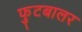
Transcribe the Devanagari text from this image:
फुटबालर